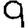
Digit: 9